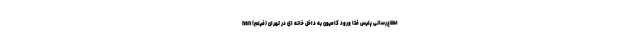
اطلاع‌رسانی پلیس فتا ورود کامیون به داخل خانه ای در تهران (فیلم) nan